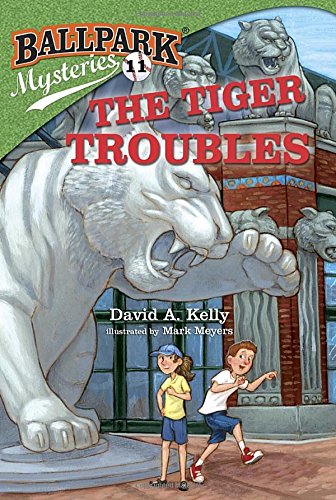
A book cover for Ballpark Mysteries #11: The Tiger Troubles (A Stepping Stone Book(TM)); David A. Kelly; Children's Books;